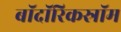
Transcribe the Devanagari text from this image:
बॉदॉरिकस्रॉम